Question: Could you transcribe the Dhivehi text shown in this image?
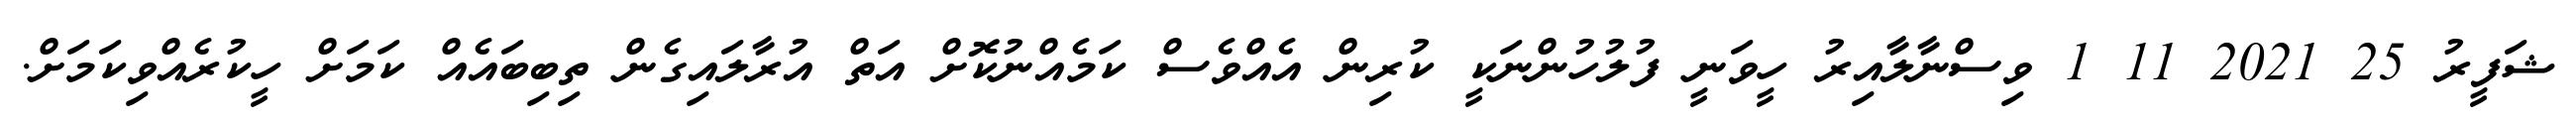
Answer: ޝަފީރު 25 2021 11 1 ވިސްނާލާއިރު ހީވަނީ ފުލުހުންނަކީ ކުރިން އެއްވެސް ކަމެއްނުކޮށް އަތް އުރާލައިގެން ތިބިބައެއް ކަމަށް ހީކުރެއްވިކަމަށް.